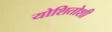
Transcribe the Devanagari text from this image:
योशितोशी